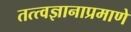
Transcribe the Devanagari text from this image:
तत्त्वज्ञानाप्रमाणे